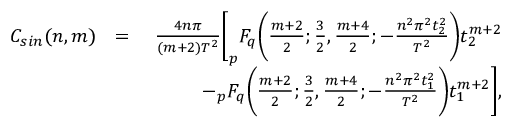
\begin{array} { r l r } { C _ { s i n } ( n , m ) } & { = } & { \frac { 4 n \pi } { ( m + 2 ) T ^ { 2 } } \bigg [ _ { p } F _ { q } \bigg ( \frac { m + 2 } { 2 } ; \frac { 3 } { 2 } , \frac { m + 4 } { 2 } ; - \frac { n ^ { 2 } \pi ^ { 2 } t _ { 2 } ^ { 2 } } { T ^ { 2 } } \bigg ) t _ { 2 } ^ { m + 2 } } \\ & { \quad } & { - _ { p } F _ { q } \bigg ( \frac { m + 2 } { 2 } ; \frac { 3 } { 2 } , \frac { m + 4 } { 2 } ; - \frac { n ^ { 2 } \pi ^ { 2 } t _ { 1 } ^ { 2 } } { T ^ { 2 } } \bigg ) t _ { 1 } ^ { m + 2 } \bigg ] , } \end{array}